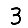
Digit: 3